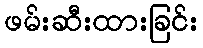
ဖမ်းဆီးထားခြင်း